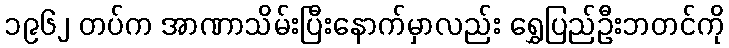
၁၉၆၂ တပ်က အာဏာသိမ်းပြီးနောက်မှာလည်း ရွှေပြည်ဦးဘတင်ကို